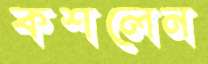
কশলেন